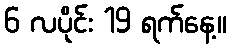
6 လပိုင်း 19 ရက်နေ့။